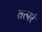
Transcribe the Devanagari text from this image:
तत्परं